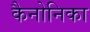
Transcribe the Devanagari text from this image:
कैनोनिका